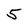
Character: 5